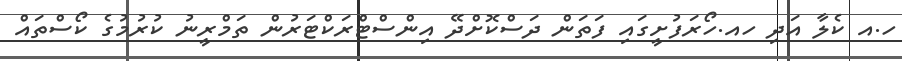
ހ.އ ކެލާ އަދި ހއ.ހޯރަފުށީގައި ފަތަން ދަސްކޮށްދޭ އިންސްޓްރަކްޓަރުން ތަމްރީނު ކުރުމުގެ ކޯސްތައް